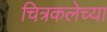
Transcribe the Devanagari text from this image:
चित्रकलेच्‍या